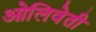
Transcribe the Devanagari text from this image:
ओलिवेती